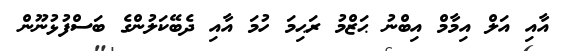
އާއި އަލް އިމާމް އިބްނު ޙަޒްމު ރަޙިމަ ހުމަ އާއި ދެބޭކަލުންގެ ބަސްފުޅުނޫން